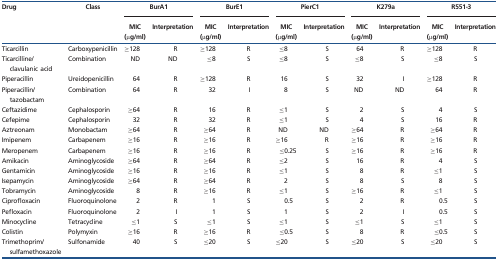
<table><thead><tr><td rowspan="2"><b>Drug</b></td><td rowspan="2"><b>Class</b></td><td colspan="2"><b>BurA1</b></td><td colspan="2"><b>BurE1</b></td><td colspan="2"><b>PierC1</b></td><td colspan="2"><b>K279a</b></td><td colspan="2"><b>R551-3</b></td></tr><tr><td><b>MIC (μg/ml)</b></td><td><b>Interpretation</b></td><td><b>MIC (μg/ml)</b></td><td><b>Interpretation</b></td><td><b>MIC (μg/ml)</b></td><td><b>Interpretation</b></td><td><b>MIC (μg/ml)</b></td><td><b>Interpretation</b></td><td><b>MIC (μg/ml)</b></td><td><b>Interpretation</b></td></tr></thead><tbody><tr><td>Ticarcillin</td><td>Carboxypenicillin</td><td>≥128</td><td>R</td><td>≥128</td><td>R</td><td>≤8</td><td>S</td><td>64</td><td>R</td><td>≥128</td><td>R</td></tr><tr><td>Ticarcilline/ clavulanic acid</td><td>Combination</td><td>ND</td><td>ND</td><td>≤8</td><td>S</td><td>≤8</td><td>S</td><td>≤8</td><td>S</td><td>≤8</td><td>S</td></tr><tr><td>Piperacillin</td><td>Ureidopenicillin</td><td>64</td><td>R</td><td>≥128</td><td>R</td><td>16</td><td>S</td><td>32</td><td>I</td><td>≥128</td><td>R</td></tr><tr><td>Piperacillin/ tazobactam</td><td>Combination</td><td>64</td><td>R</td><td>32</td><td>I</td><td>8</td><td>S</td><td>ND</td><td>ND</td><td>64</td><td>R</td></tr><tr><td>Ceftazidime</td><td>Cephalosporin</td><td>≥64</td><td>R</td><td>16</td><td>R</td><td>≤1</td><td>S</td><td>2</td><td>S</td><td>4</td><td>S</td></tr><tr><td>Cefepime</td><td>Cephalosporin</td><td>32</td><td>R</td><td>32</td><td>R</td><td>≤1</td><td>S</td><td>4</td><td>S</td><td>16</td><td>R</td></tr><tr><td>Aztreonam</td><td>Monobactam</td><td>≥64</td><td>R</td><td>≥64</td><td>R</td><td>ND</td><td>ND</td><td>≥64</td><td>R</td><td>≥64</td><td>R</td></tr><tr><td>Imipenem</td><td>Carbapenem</td><td>≥16</td><td>R</td><td>≥16</td><td>R</td><td>≥16</td><td>R</td><td>≥16</td><td>R</td><td>≥16</td><td>R</td></tr><tr><td>Meropenem</td><td>Carbapenem</td><td>≥16</td><td>R</td><td>≥16</td><td>R</td><td>≤0.25</td><td>S</td><td>≥16</td><td>R</td><td>≥16</td><td>R</td></tr><tr><td>Amikacin</td><td>Aminoglycoside</td><td>≥64</td><td>R</td><td>≥64</td><td>R</td><td>≤2</td><td>S</td><td>16</td><td>R</td><td>4</td><td>S</td></tr><tr><td>Gentamicin</td><td>Aminoglycoside</td><td>≥16</td><td>R</td><td>≥16</td><td>R</td><td>≤1</td><td>S</td><td>8</td><td>R</td><td>≤1</td><td>S</td></tr><tr><td>Isepamycin</td><td>Aminoglycoside</td><td>≥64</td><td>R</td><td>≥64</td><td>R</td><td>2</td><td>S</td><td>8</td><td>S</td><td>8</td><td>S</td></tr><tr><td>Tobramycin</td><td>Aminoglycoside</td><td>8</td><td>R</td><td>≥16</td><td>R</td><td>≤1</td><td>S</td><td>≥16</td><td>R</td><td>≤1</td><td>S</td></tr><tr><td>Ciprofloxacin</td><td>Fluoroquinolone</td><td>2</td><td>R</td><td>1</td><td>S</td><td>0.5</td><td>S</td><td>2</td><td>R</td><td>0.5</td><td>S</td></tr><tr><td>Pefloxacin</td><td>Fluoroquinolone</td><td>2</td><td>I</td><td>1</td><td>S</td><td>1</td><td>S</td><td>2</td><td>I</td><td>0.5</td><td>S</td></tr><tr><td>Minocycline</td><td>Tetracycline</td><td>≤1</td><td>S</td><td>≤1</td><td>S</td><td>≤1</td><td>S</td><td>≤1</td><td>S</td><td>≤1</td><td>S</td></tr><tr><td>Colistin</td><td>Polymyxin</td><td>≥16</td><td>R</td><td>≥16</td><td>R</td><td>≤0.5</td><td>S</td><td>8</td><td>R</td><td>≤0.5</td><td>S</td></tr><tr><td>Trimethoprim/ sulfamethoxazole</td><td>Sulfonamide</td><td>40</td><td>S</td><td>≤20</td><td>S</td><td>≤20</td><td>S</td><td>≤20</td><td>S</td><td>≤20</td><td>S</td></tr></tbody></table>